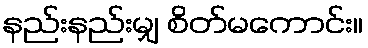
နည်းနည်းမျှ စိတ်မကောင်း။